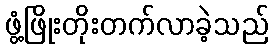
ဖွံ့ဖြိုးတိုးတက်လာခဲ့သည်